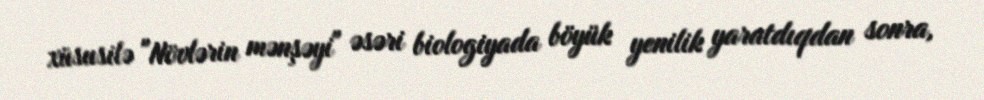
xüsusilə "Növlərin mənşəyi" əsəri biologiyada böyük yenilik yaratdıqdan sonra,